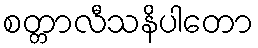
စတ္တာလီသနိပါတော